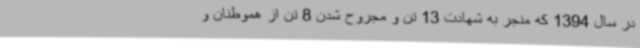
در سال 1394 که منجر به شهادت 13 تن و مجروح شدن 8 تن از هموطنان و